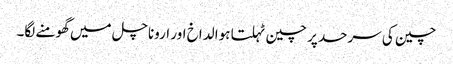
چین کی سرحد پر چین ٹہلتا ہوا لداخ اور اروناچل میں گھومنے لگا۔